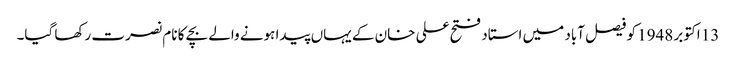
13 اکتوبر 1948 کو فیصل آباد میں استاد فتح علی خان کے یہاں پیدا ہونے والے بچے کا نام نصرت رکھا گیا۔